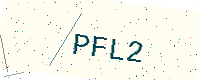
Text: PFL2